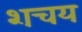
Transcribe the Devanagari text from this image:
शचय